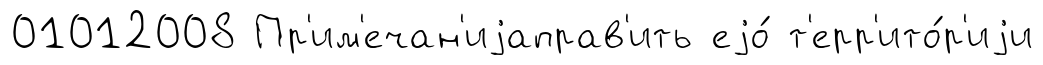
01012008 Пр'им'ечан'иjаправ'ить еjо́ т'ерр'ито́р'иjи